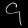
Digit: ၄